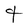
Character: t